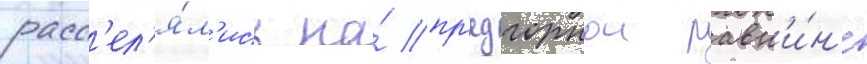
расс'ел'я́л'ись на́ пр'едгорнои равн'и́н'е